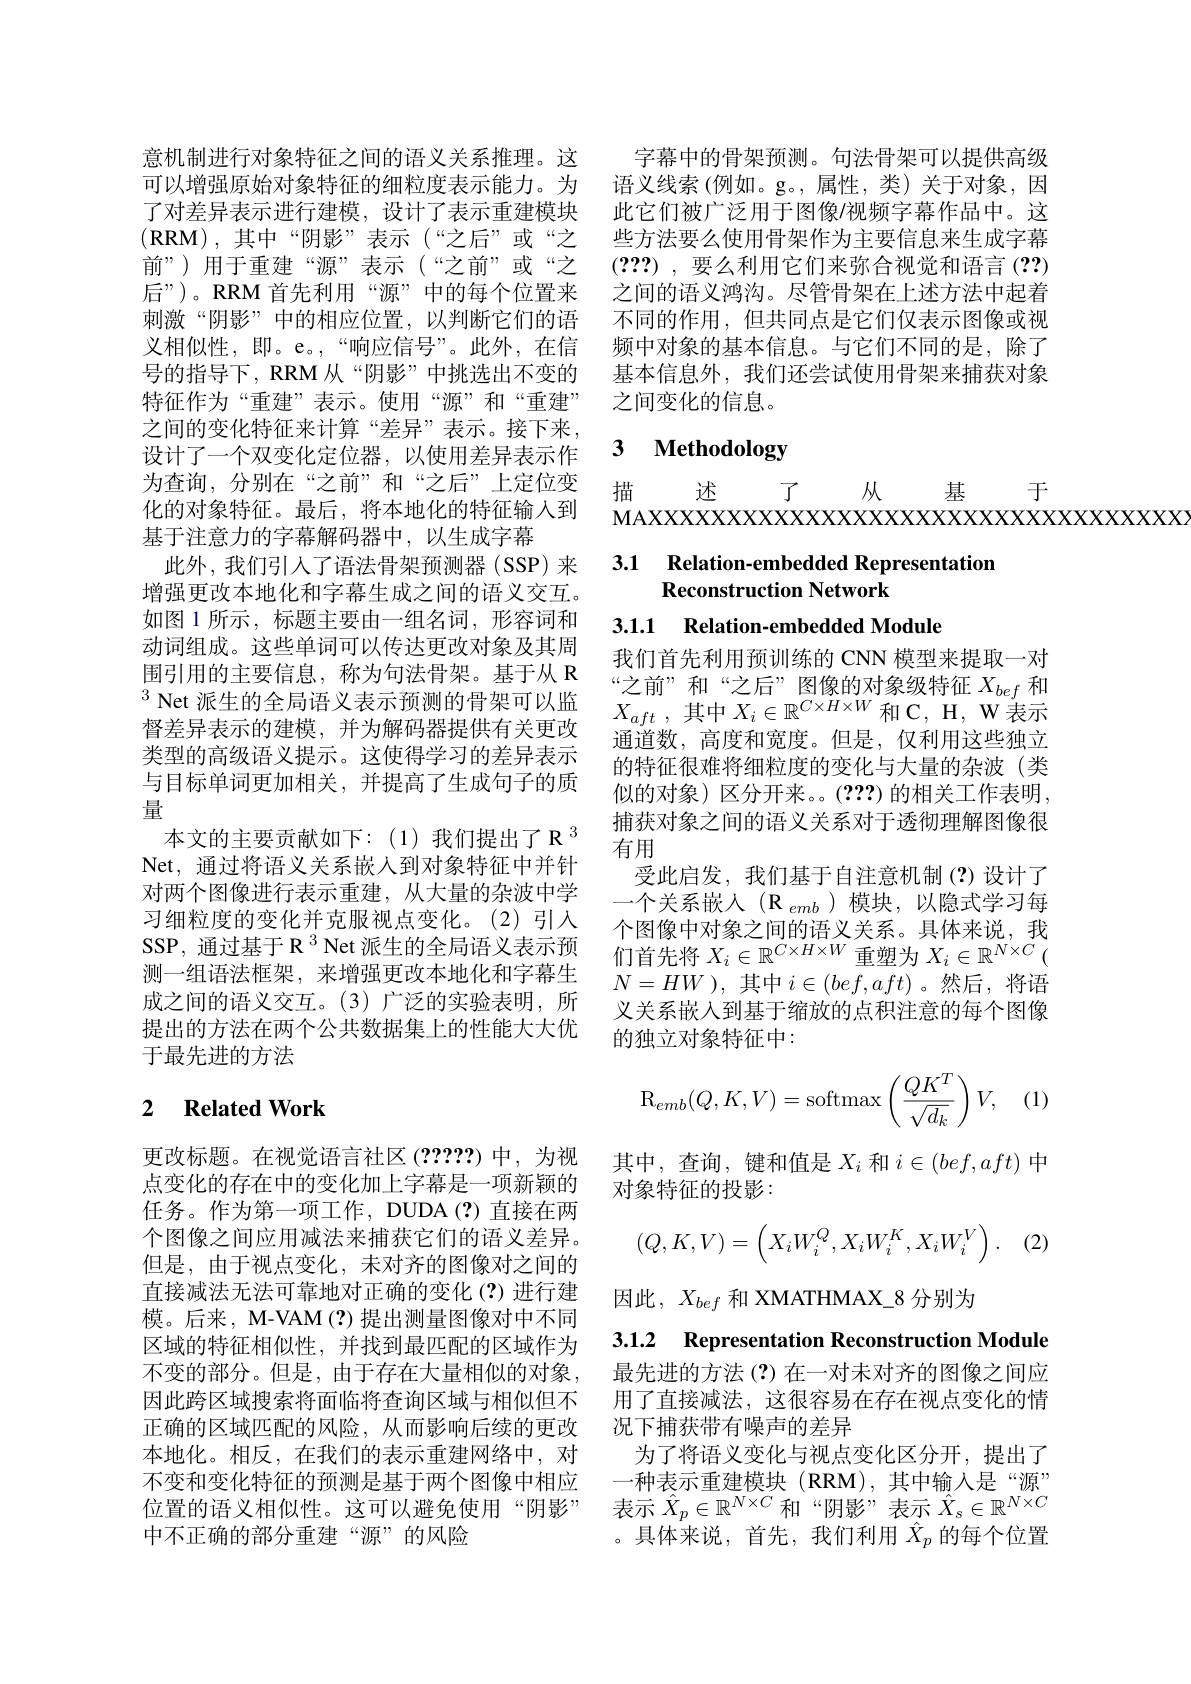
意机制进行对象特征之间的语义关系推理。这可以增强原始对象特征的细粒度表示能力。为了对差异表示进行建模，设计了表示重建模块$(\mathbf{RRM})$,其中“阴影”表示(“之后”或“之前”)用于重建“源”表示(“之前”或“之后”)。RRM 首先利用“源”中的每个位置来刺激“阴影”中的相应位置，以判断它们的语义相似性，即。e。,“响应信号”。此外，在信号的指导下，RRM 从“阴影”中挑选出不变的特征作为“重建”表示。使用“源”和“重建” 之间的变化特征来计算“差异”表示。接下来， 设计了一个双变化定位器，以使用差异表示作为查询，分别在“之前”和“之后”上定位变化的对象特征。最后，将本地化的特征输入到基于注意力的字幕解码器中，以生成字幕
此外，我们引人了语法骨架预测器(SSP)来增强更改本地化和字幕生成之间的语义交互。如图 1 所示，标题主要由一组名词，形容词和动词组成。这些单词可以传达更改对象及其周围引用的主要信息，称为句法骨架。基于从 R $\text{由 引 用 的 主 要 信 息 , 称 为 可 在 自 采 。基 丁 瓜 }^{\:\infty }$“ 之 前 ” 和 “ 之 后 ” 图 像 的 对 象 级 特 征 $X_{bef}$ 和 $^3$Net 派 生 的 全 局 语 义 表 示 预 测 的 骨 架 可 以 监 $X_{aft}$ , 其 中 $X_i\in \mathbb{R} ^{C\times H\times W}$和 C, H, W 表 示 督 差 虽 表 示 的 律 模 并 为 解 码 器 提 供 有 关 再 改
督差异表示的建模，并为解码器提供有关更改类型的高级语义提示。这使得学习的差异表示与目标单词更加相关，并提高了生成句子的质量
本文的主要贡献如下：(1)我们提出了 R $^{3}$ Net, 通过将语义关系嵌入到对象特征中并针对两个图像进行表示重建，从大量的杂波中学习细粒度的变化并克服视点变化。(2)引入SSP, 通过基于 R $^{3}$ Net 派生的全局语义表示预测一组语法框架，来增强更改本地化和字幕生成之间的语义交互。(3)广泛的实验表明，所提出的方法在两个公共数据集上的性能大大优于最先进的方法

## 2 $\textbf{Related Work}$

更改标题。在视觉语言社区(2????)中，为视点变化的存在中的变化加上字幕是一项新颖的任务。作为第一项工作，DUDA(?)直接在两个图像之间应用减法来捕获它们的语义差异。但是，由于视点变化，未对齐的图像对之间的直接减法无法可靠地对正确的变化(?)进行建模。后来，M-VAM(?) 提出测量图像对中不同区域的特征相似性，并找到最匹配的区域作为不变的部分。但是，由于存在大量相似的对象， 因此跨区域搜索将面临将查询区域与相似但不正确的区域匹配的风险，从而影响后续的更改本地化。相反，在我们的表示重建网络中，对不变和变化特征的预测是基于两个图像中相应位置的语义相似性。这可以避免使用“阴影” 中不正确的部分重建“源”的风险

字幕中的骨架预测。句法骨架可以提供高级语义线索 (例如。g。,属性，类) 关于对象，因此它们被广泛用于图像/视频字幕作品中。这些方法要么使用骨架作为主要信息来生成字幕(???) ,要么利用它们来弥合视觉和语言(??) 之间的语义鸿沟。尽管骨架在上述方法中起着不同的作用，但共同点是它们仅表示图像或视频中对象的基本信息。与它们不同的是，除了基本信息外，我们还尝试使用骨架来捕获对象之间变化的信息。

# 3 Methodology

于
从基
描
述
${\mathbb{J}}$
MAXXXXXXXXXXXXXXXXXXXXXXXXXXXXX

3.1 Relation-embedded Representatior
## Reconstruction Network

3.1.1 Relation-embedded Module

我们首先利用预训练的 CNN 模型来提取一对通道数，高度和宽度。但是，仅利用这些独立的特征很难将细粒度的变化与大量的杂波(类似的对象)区分开来。(???)的相关工作表明， 捕获对象之间的语义关系对于透彻理解图像很有用
受此启发，我们基于自注意机制(?)设计了一个关系嵌人(R$_emb$)模块，以隐式学习每个图像中对象之间的语义关系。具体来说，我们首先将$X_i\in\mathbb{R}^{C\times H\times W}$重塑为$X_i\in\mathbb{R}^N\times C($ $N=HW$ ),其中$i\in(bef,aft)$ 。然后，将语义关系嵌入到基于缩放的点积注意的每个图像的独立对象特征中：
$$\mathrm{R}_{emb}(Q,K,V)=\mathrm{softmax}\left(\frac{QK^T}{\sqrt{d_k}}\right)V,$$
, (1)

其中，查询，键和值是$X_i$和$i\in(bef,aft)$中
对象特征的投影：
$$(Q,K,V)=\begin{pmatrix}X_iW_i^Q,X_iW_i^K,X_iW_i^V\end{pmatrix}.$$
(2

因此$,X_{bef}$ 和 XMATHMAX\_8 分别为

3.1.2 Representation Reconstruction Module

最先进的方法 (?)在一对未对齐的图像之间应用了直接减法，这很容易在存在视点变化的情况下捕获带有噪声的差异
为了将语义变化与视点变化区分开，提出了一种表示重建模块(RRM),其中输入是“源” 表示$\hat{X}_p\in\mathbb{R}^{N\times C}$和“阴影”表示$\hat{X}_s\in\mathbb{R}^{N\times C}$ 。具体来说，首先，我们利用$\hat{X}_p$的每个位置